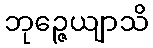
ဘုဉ္ဇေယျာသိ